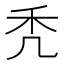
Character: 秃